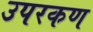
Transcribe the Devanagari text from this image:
उपरकण